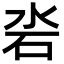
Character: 沯